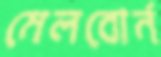
মেলবোর্ন